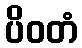
ပိဝတံ